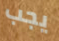
يجب